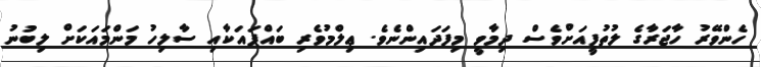
ހެންވޭރު ހާޖަރާގެ ލުތުފީއަށްވެސް ދިމާވީ މިފަދައިންނެވެ. ޢިލްމުވެރި ބައްޕައަކާއި ސާލިހު މަންމައަކަށް ލިބުނު